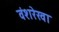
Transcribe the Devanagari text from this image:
वंशरेखा